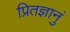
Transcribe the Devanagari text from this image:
प्रितज्ञानुं